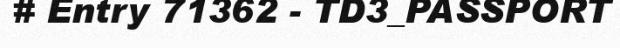
# Entry 71362 - TD3_PASSPORT